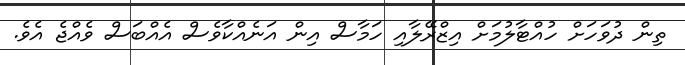
ތިން ދުވަހަށް ހުއްޓާލުމަށް އިޒްރޭލާއި ހަމާސް އިން އަނެއްކާވެސް އެއްބަސް ވެއްޖެ އެވެ.